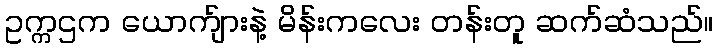
ဥက္ကဌက ယောက်ျားနဲ့ မိန်းကလေး တန်းတူ ဆက်ဆံသည်။